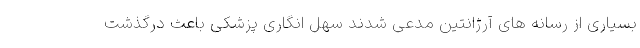
بسیاری از رسانه های آرژانتین مدعی شدند سهل انگاری پزشکی باعث درگذشت